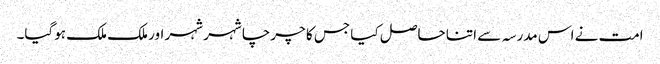
امت نے اس مدرسہ سے اتنا حاصل کیا جس کا چرچا شہر شہر اور ملک ملک ہوگیا۔